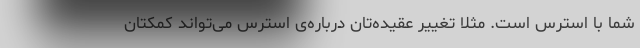
شما با استرس است. مثلاً تغییر عقیده‌تان درباره‌ی استرس می‌تواند کمکتان